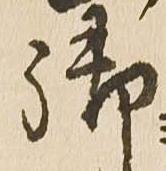
御